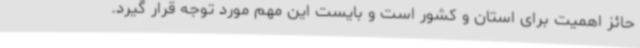
حائز اهمیت برای استان و کشور است و بایست این مهم مورد توجه قرار گیرد.